Problem: 8 × 3 = ?
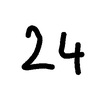
Handwritten answer: 24